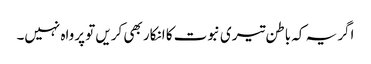
اگر یہ کہ باطن تیری نبوت کا انکار بھی کریں تو پرواہ نہیں۔